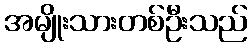
အမျိုးသားတစ်ဦးသည်